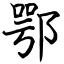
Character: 鄂